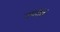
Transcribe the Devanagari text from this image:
नगरीमें